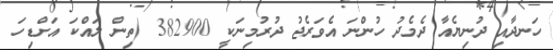
ހަނދާއި ދުނިޔެއާ ދެމެދު ހުންނަ އެވަރެޖު ދުރުމިނަކީ 382900 (ތިން ލައްކަ އަށްޑިހަ